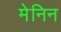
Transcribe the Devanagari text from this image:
मेनिन